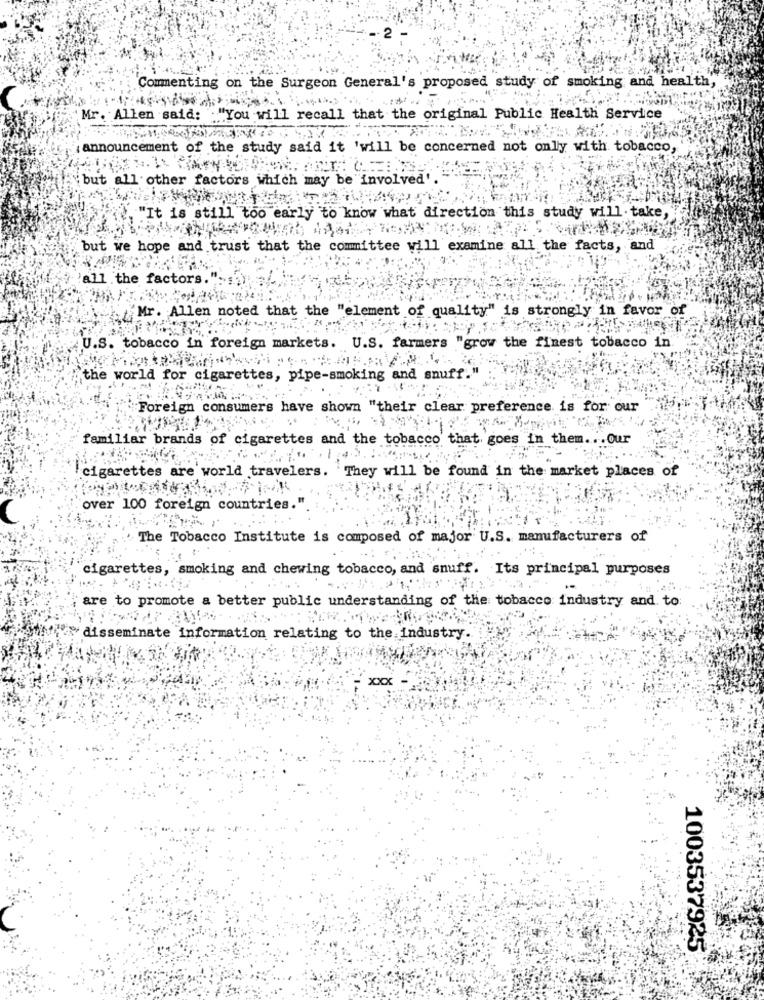
Commenting on the Surgeon General's proposed study of smoking and health,
Mr. Allen said: "You will recall that the original Public Health Service
announcement of the study said it 'will be concerned not only with tobacco,
but all other factors which may be involved'.
. "It is still too early to know what direction this study will take,
but we hope and trust that the committee will examine all the facts,
.the factors
Mr. Allen noted that the "element of quality" is strongly in favor of
U.S. tobacco in foreign markets. U.S. farmers "grow the finest tobacco in
the world for cigarettes, pipe-smoking and snuff."
Foreign consumers have shown "their clear preference is for our
familiar brands of cigarettes and the tobacco that goes in them ... Our
4.5.
cigarettes are world travelers. They will be found in the market places of
over 100 foreign countries.'
The Tobacco Institute is composed of major U.S. manufacturers of
cigarettes, smoking and chewing tobacco, and snuff. Its principal purposes
are to promote a better public understanding of the tobacco industry and to
disseminate information relating to the industry
:xx
1003537925